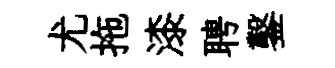
尤拖漆聘鑿